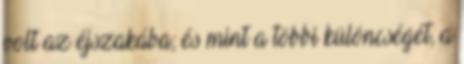
volt az éjszakába; és mint a többi különcségét, a